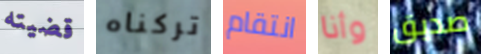
قضيته تركناه انتقام وأنا صديق